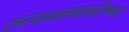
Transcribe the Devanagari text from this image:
सत्यभामापरिणय